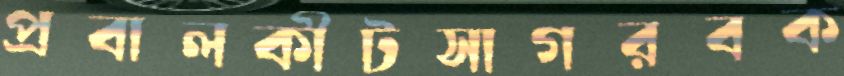
প্রবালকীটসাগরবক